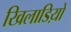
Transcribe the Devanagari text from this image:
खिलाडिय़ों